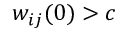
w _ { i j } ( 0 ) > c